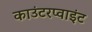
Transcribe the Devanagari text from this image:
काउंटरप्वाइंट